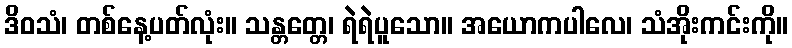
ဒိဝသံ၊ တစ်နေ့ပတ်လုံး။ သန္တတ္တေ၊ ရဲရဲပူသော။ အယောကပါလေ၊ သံအိုးကင်းကို။